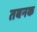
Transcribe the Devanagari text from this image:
तबनक